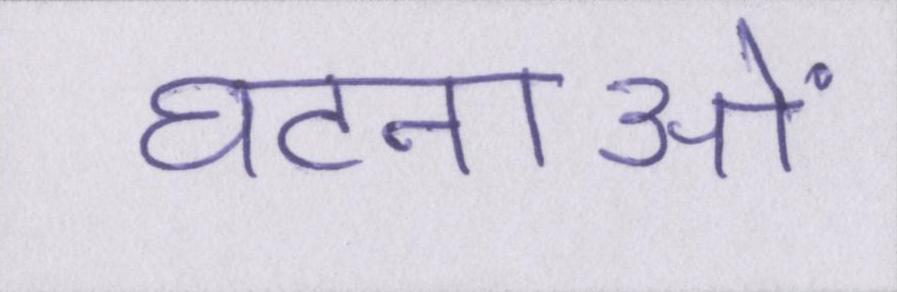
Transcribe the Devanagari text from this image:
घटनाओं